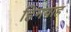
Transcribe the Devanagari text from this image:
हिमवाह